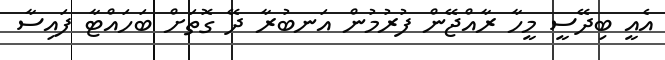
އެއީ ބިދޭސީ މީހާ ރާއްޖޭން ފުރުމުން އަނބުރާ ދޭ ގޮތަށް ބަހައްޓާ ފައިސާ